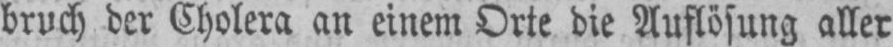
bruch der Cholera an einem Orte die Auflösung aller